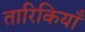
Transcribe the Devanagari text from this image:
तारिकियाँ